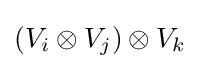
(V_{i}\otimes V_{j})\otimes V_{k}